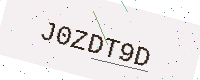
Text: J0ZDT9D